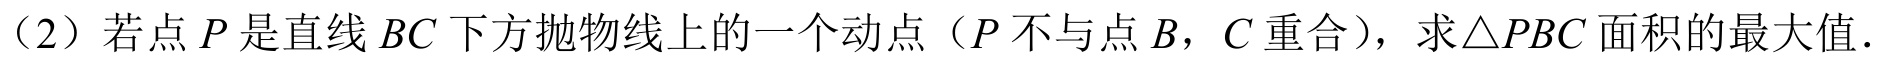
（2）若点\(P\)是直线\(BC\)下方抛物线上的一个动点（\(P\)不与点\(B\)，\(C\)重合），求\(\triangle PBC\)面积的最大值．